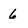
Character: 6